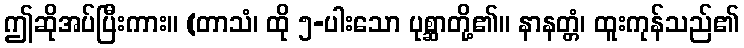
ဤဆိုအပ်ပြီးကား။ (တာသံ၊ ထို ၅-ပါးသော ပုစ္ဆာတို့၏။ နာနတ္တံ၊ ထူးကုန်သည်၏